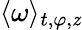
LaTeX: \langle\omega\rangle_{t,\varphi,\mathit{z}}